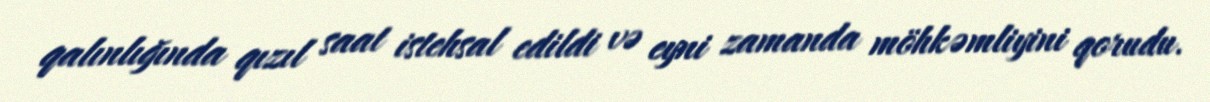
qalınlığında qızıl saat istehsal edildi və eyni zamanda möhkəmliyini qorudu.